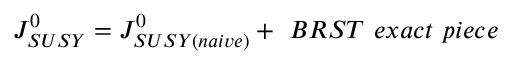
J _ { S U S Y } ^ { 0 } = J _ { S U S Y ( n a i v e ) } ^ { 0 } + \ B R S T \ e x a c t \ p i e c e